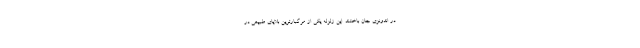
در اندونزی جان باختند. این زلزله یکی از مرگبارترین بلایای طبیعی در